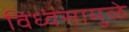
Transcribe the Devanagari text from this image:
विध्वंसामुळे